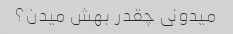
میدونی چقدر بهش میدن؟